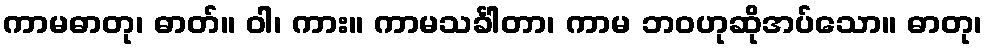
ကာမဓာတု၊ ဓာတ်။ ဝါ၊ ကား။ ကာမသင်္ခါတာ၊ ကာမ ဘဝဟုဆိုအပ်သော။ ဓာတု၊